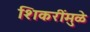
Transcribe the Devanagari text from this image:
शिकरींमुळे